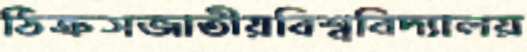
ঠিক্‌রসজাতীয়বিশ্ববিদ্যালয়